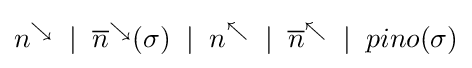
n^{\searrow }\;\mid \;{\overline {n}}^{\searrow }(\sigma )\;\mid \;n^{\nwarrow }\;\mid \;{\overline {n}}^{\nwarrow }\;\mid \;pino(\sigma )